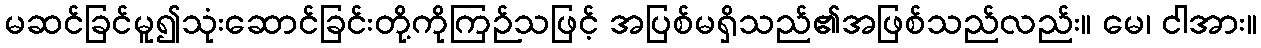
မဆင်ခြင်မူ၍သုံးဆောင်ခြင်းတို့ကိုကြဉ်သဖြင့် အပြစ်မရှိသည်၏အဖြစ်သည်လည်း။ မေ၊ ငါအား။